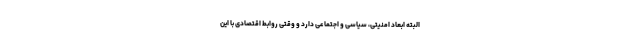
البته ابعاد امنیتی، سیاسی و اجتماعی دارد و وقتی روابط اقتصادی با این